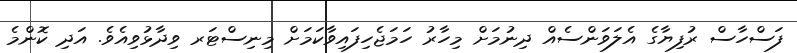
ފަސްހާސް ރުފިޔާގެ އެލަވަންސެއް ދިނުމަށް މިހާރު ހަމަޖެހިފައިވާކަމަށް މިނިސްޓަރ ވިދާޅުވިއެވެ. އަދި ކޮންމެ